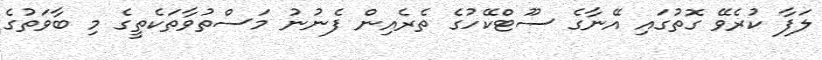
ލަފާ ކުރެވޭ ގޮތުގައި އޭނާގެ ސޫޓްކޭހުގެ ތެރެއިން ފެނުނު މަސްތުވާތަކެތީގެ މި ބާވަތުގެ